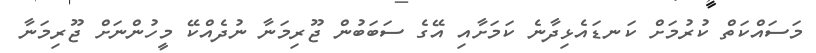
މަސައްކަތް ކުރުމަށް ކަނޑައެޅިދާނެ ކަމަށާއި އޭގެ ސަބަބުން ޖޫރިމަނާ ނުދެއްކޭ މީހުންނަށް ޖޫރިމަނާ